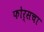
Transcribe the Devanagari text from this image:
फोर्सचा